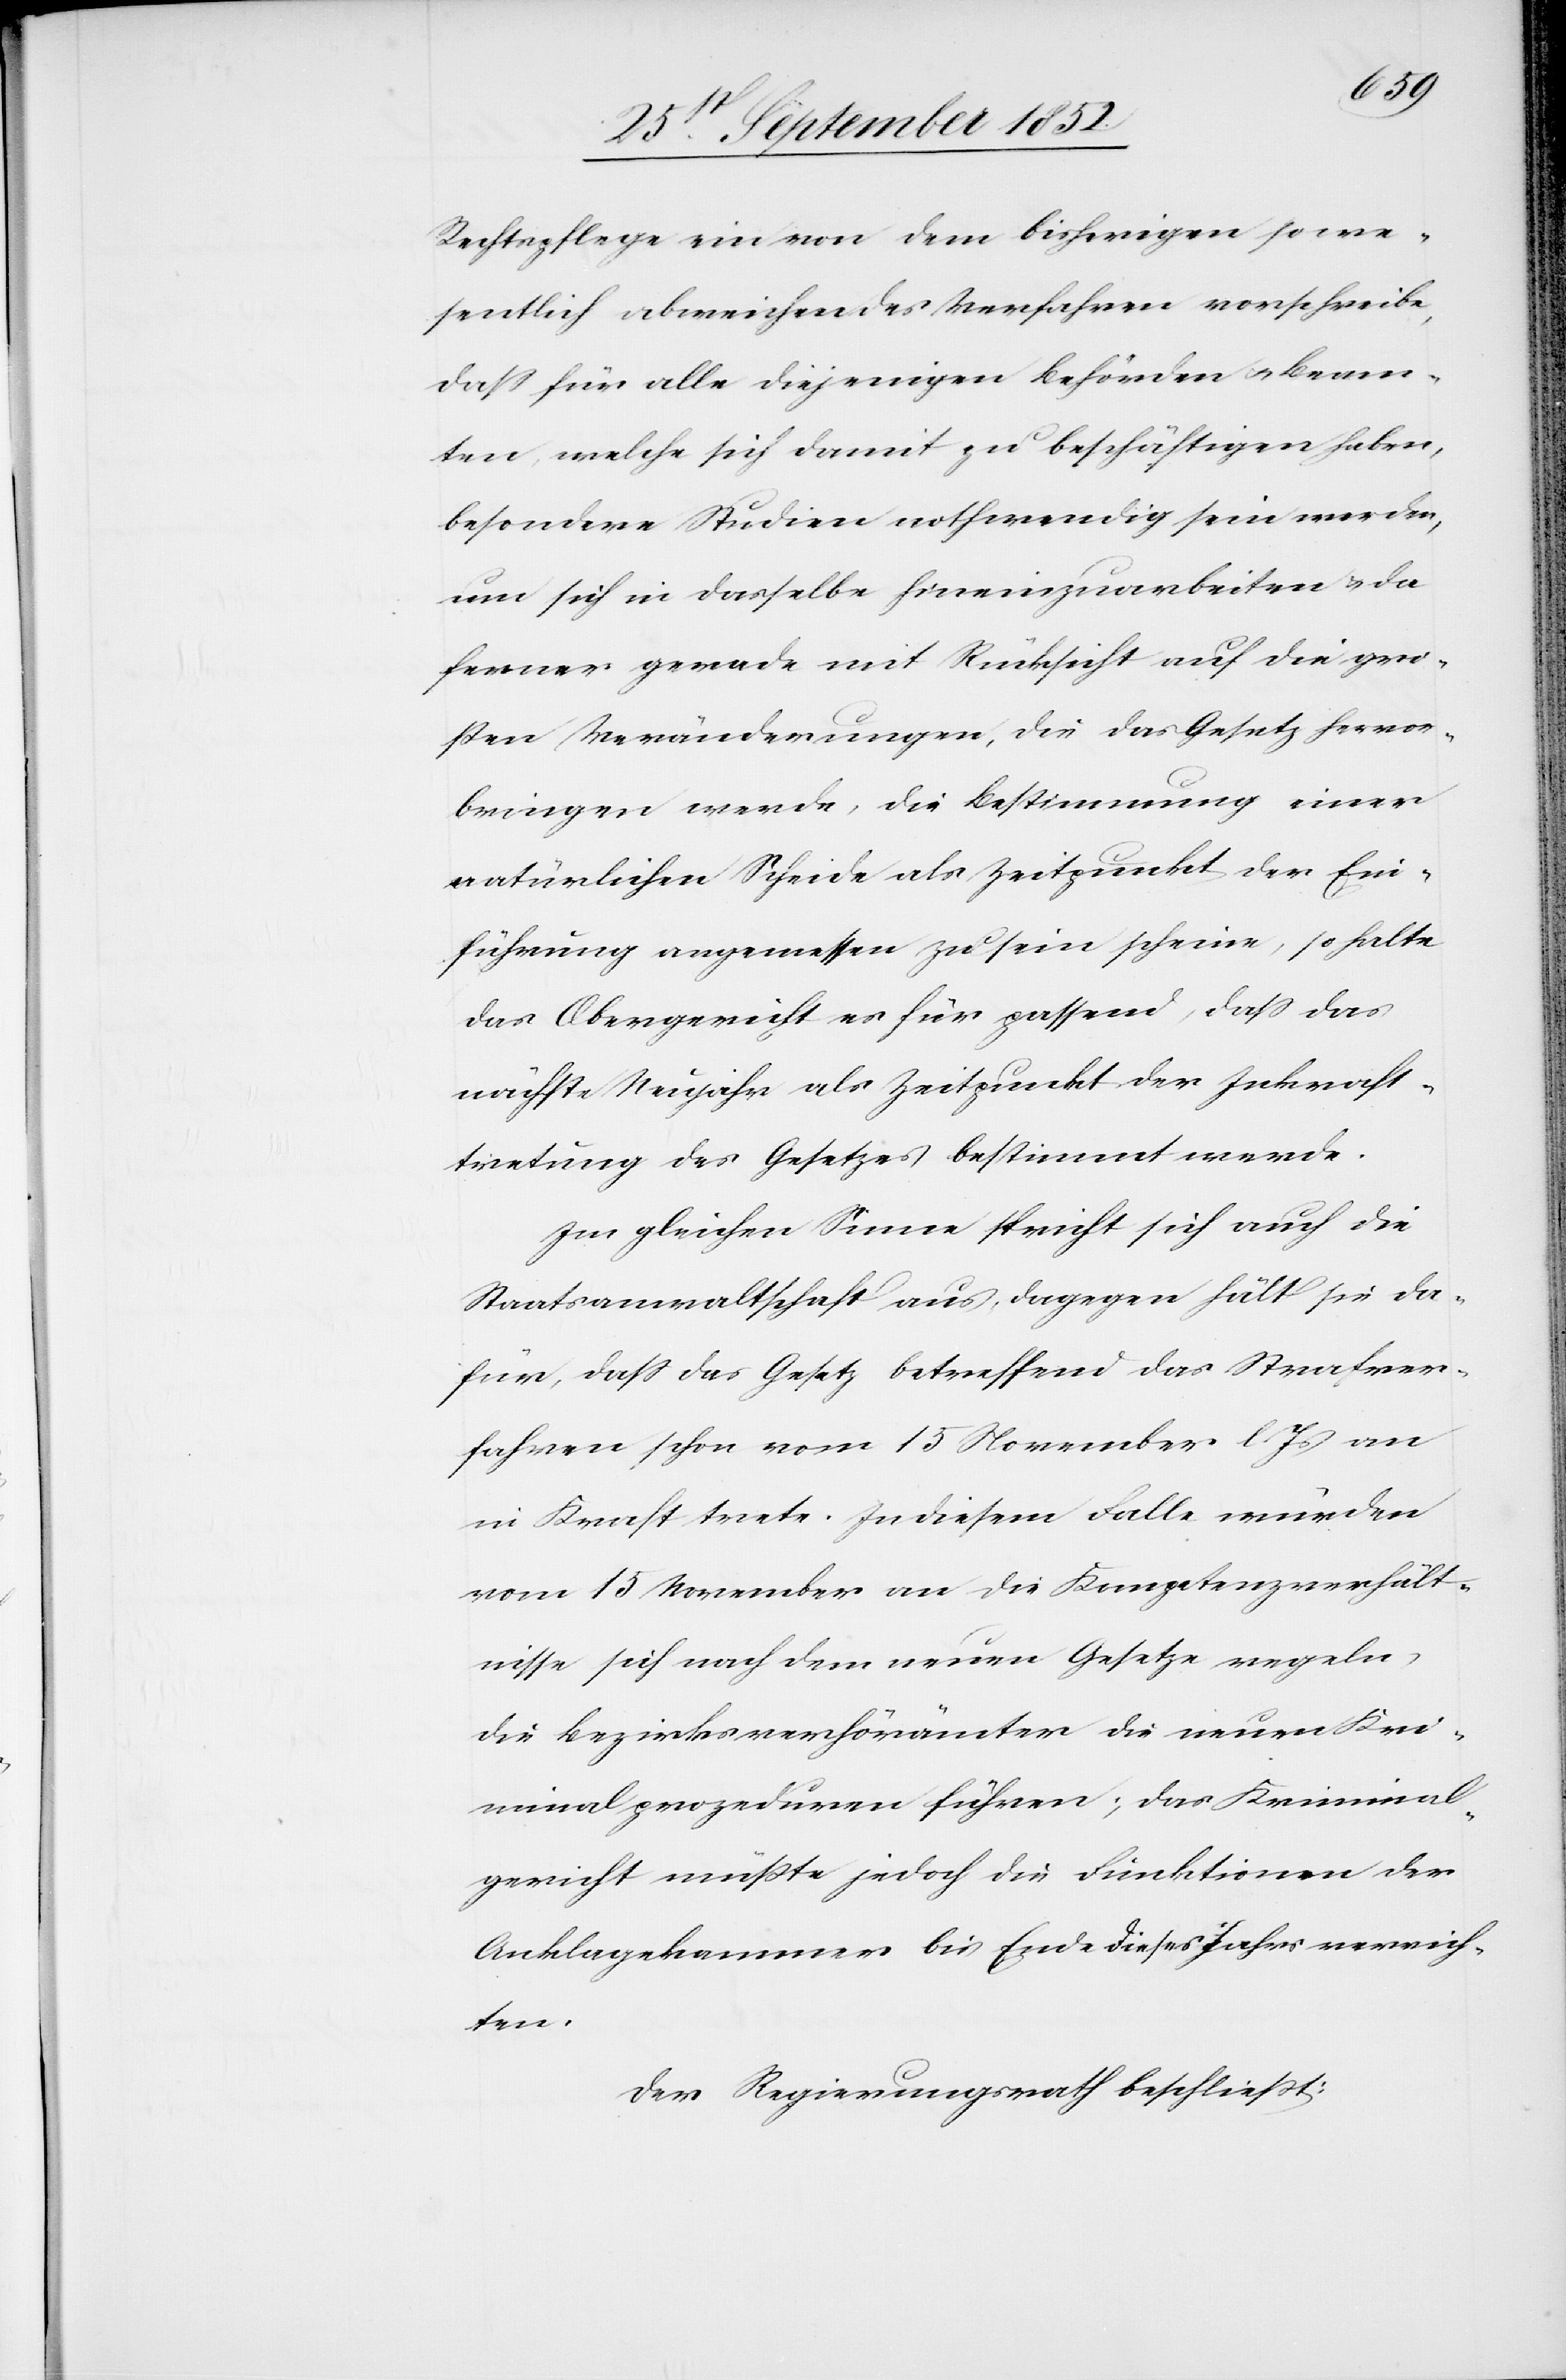
Rechtspflege ein von dem bisherigen so we¬
sentlich abweichendes Verfahren vorschreibe,
dass für alle diejenigen Behörden & Beam¬
ten, welche sich damit zu beschäftigen haben,
besondere Studien nothwendig sein werden,
um sich in dasselbe hineinzuarbeiten & da
ferner gerade mit Rücksicht auf die gro¬
ßen Veränderungen, die das Gesetz hervor¬
bringen werde, die Bestimmung einer
natürlichen Scheide als Zeitpunkt der Ein¬
führung angemessen zu sein scheine, so halte
das Obergericht es für passend, dass das
nächste Neujahr als Zeitpunkt der Inkraft¬
tretung des Gesetzes bestimmt werde.
Im gleichen Sinne spricht sich auch die
Staatsanwaltschaft aus, dagegen hält sie da¬
für, dass das Gesetz betreffend das Strafver¬
fahren schon vom 15 November l. Js an
in Kraft trete. In diesem Falle würden
vom 15 November an die Kompetenzverhält¬
nisse sich nach dem neuen Gesetze regeln,
die Bezirksverhörämter die neuen Kri¬
minalprozeduren führen; das Kriminal¬
gericht müßte jedoch die Funktionen der
Anklagekammer bis Ende dieses Jahrs verrich¬
ten.
Der Regierungsrath beschließt: